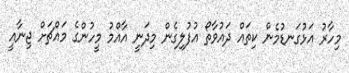
މިހާރު އަޅުގަނޑުމެން ކިތައް ދައުވާތޯ އުފުލިގެން މިދަނީ އާއްމު މީހުންގެ މައްޗަށް ޖިނާއީ